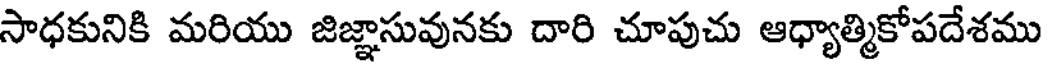
సాధకునికి మరియు జిజ్ఞాసువునకు దారి చూపుచు ఆధ్యాత్మికోపదేశము